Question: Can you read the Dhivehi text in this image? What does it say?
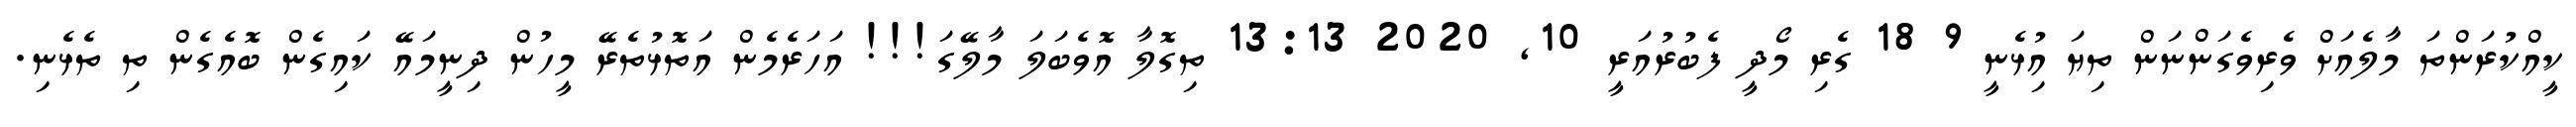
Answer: ކީއްކުރަންތަ މާލެއަށް ވެރިވެގަންނަން ތިޔަ އިުޅެނީ 9 18 ގެރި މޯދީ ފެބުރުއަރީ 10, 2020 13:13 ތިގޮލާ އޮވެބަލަ މާލޭގަ!!! އަހަރެމެން އަތޮޅުތެރޭ މީހުން ދިނީމައޭ ކައިގެން ބޮއެގެން ތި ތެޅެނި.